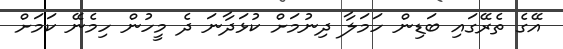
އޭގެ ތެރޭގައި ބަޑިން ހަމަލާ ދިނުމަށް ކުޅަދާނަ ދެ މީހުން ހިމެނޭ ކަމަށް